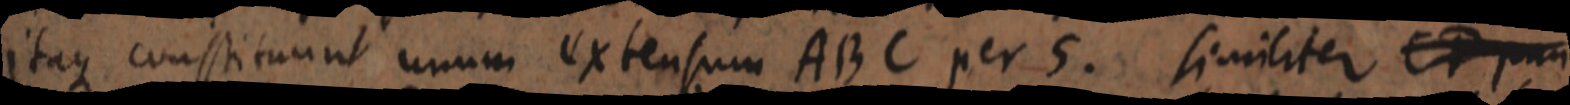
itaque constituunt unum extensum ABC per 5. similiter _ pun